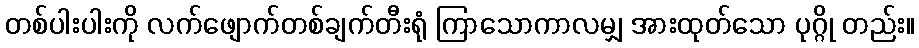
တစ်ပါးပါးကို လက်ဖျောက်တစ်ချက်တီးရုံ ကြာသောကာလမျှ အားထုတ်သော ပုဂ္ဂို တည်း။